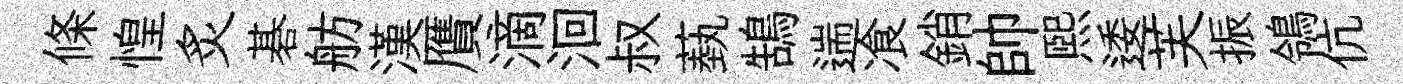
條惶炙碁舫漢贋滴洄叔蓺鵠遄飡銷帥熙逶芙振鴒伉